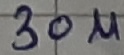
Text: 30µ